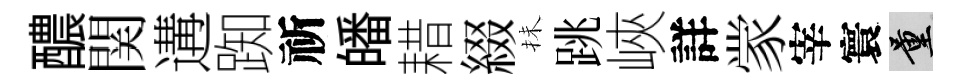
醲関遘踟祈皤耤綴抺跳峽詳䝉宰寰量